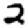
Digit: 2